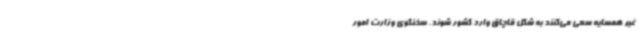
غیر همسایه سعی می‌کنند به شکل قاچاق وارد کشور شوند. سخنگوی وزارت امور